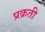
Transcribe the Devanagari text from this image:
प्रक्रती